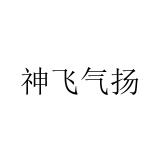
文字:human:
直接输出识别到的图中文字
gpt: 神飞气扬